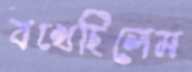
বখেছিলেম